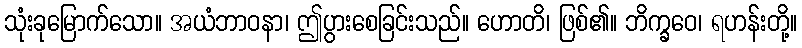
သုံးခုမြောက်သော။ အယံဘာဝနာ၊ ဤပွားစေခြင်းသည်။ ဟောတိ၊ ဖြစ်၏။ ဘိက္ခဝေ၊ ရဟန်းတို့။